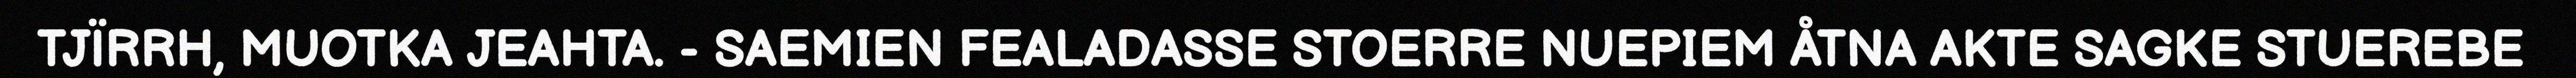
TJÏRRH, MUOTKA JEAHTA. - SAEMIEN FEALADASSE STOERRE NUEPIEM ÅTNA AKTE SAGKE STUEREBE